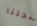
سجلنا